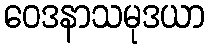
ဝေဒနာသမုဒယာ